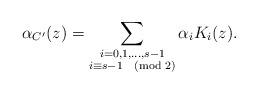
LaTeX: \begin{align*}\alpha_{C'}(z)=\sum_{\substack{i=0,1,\ldots, s-1\\ i\equiv s-1\pmod{2}}}\alpha_iK_i(z).\end{align*}